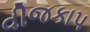
વીજકાપ